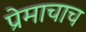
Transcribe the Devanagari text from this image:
प्रेमाचाच